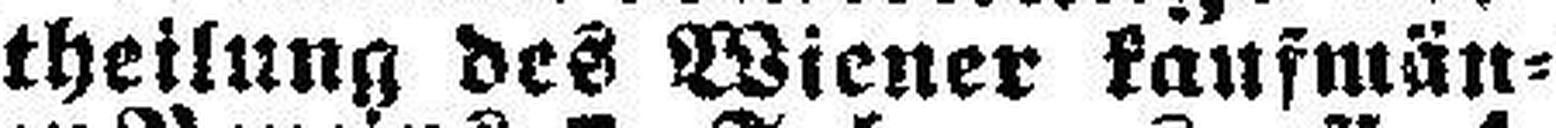
theilung des Wiener kaufmän¬